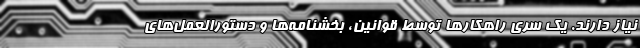
نیاز دارند. یک سری راهکارها توسط قوانین، بخشنامه‌ها و دستورالعمل‌های